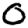
Digit: 0